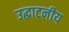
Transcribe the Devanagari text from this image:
उद्घाटनीय